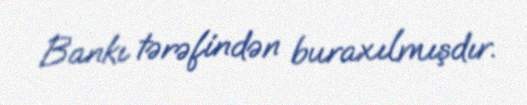
Bankı tərəfindən buraxılmışdır.